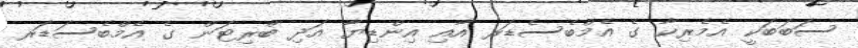
ސަބަބަކީ އެމެރިކާ ގެ އެމްބެސެޑަރ އާއި އިންޑިޔާ އަދި ބްރިޓަން ގެ އެމްބެސަޑަރ